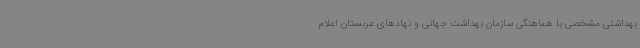
بهداشتی مشخصی با هماهنگی سازمان بهداشت جهانی و نهادهای عربستان اعلام